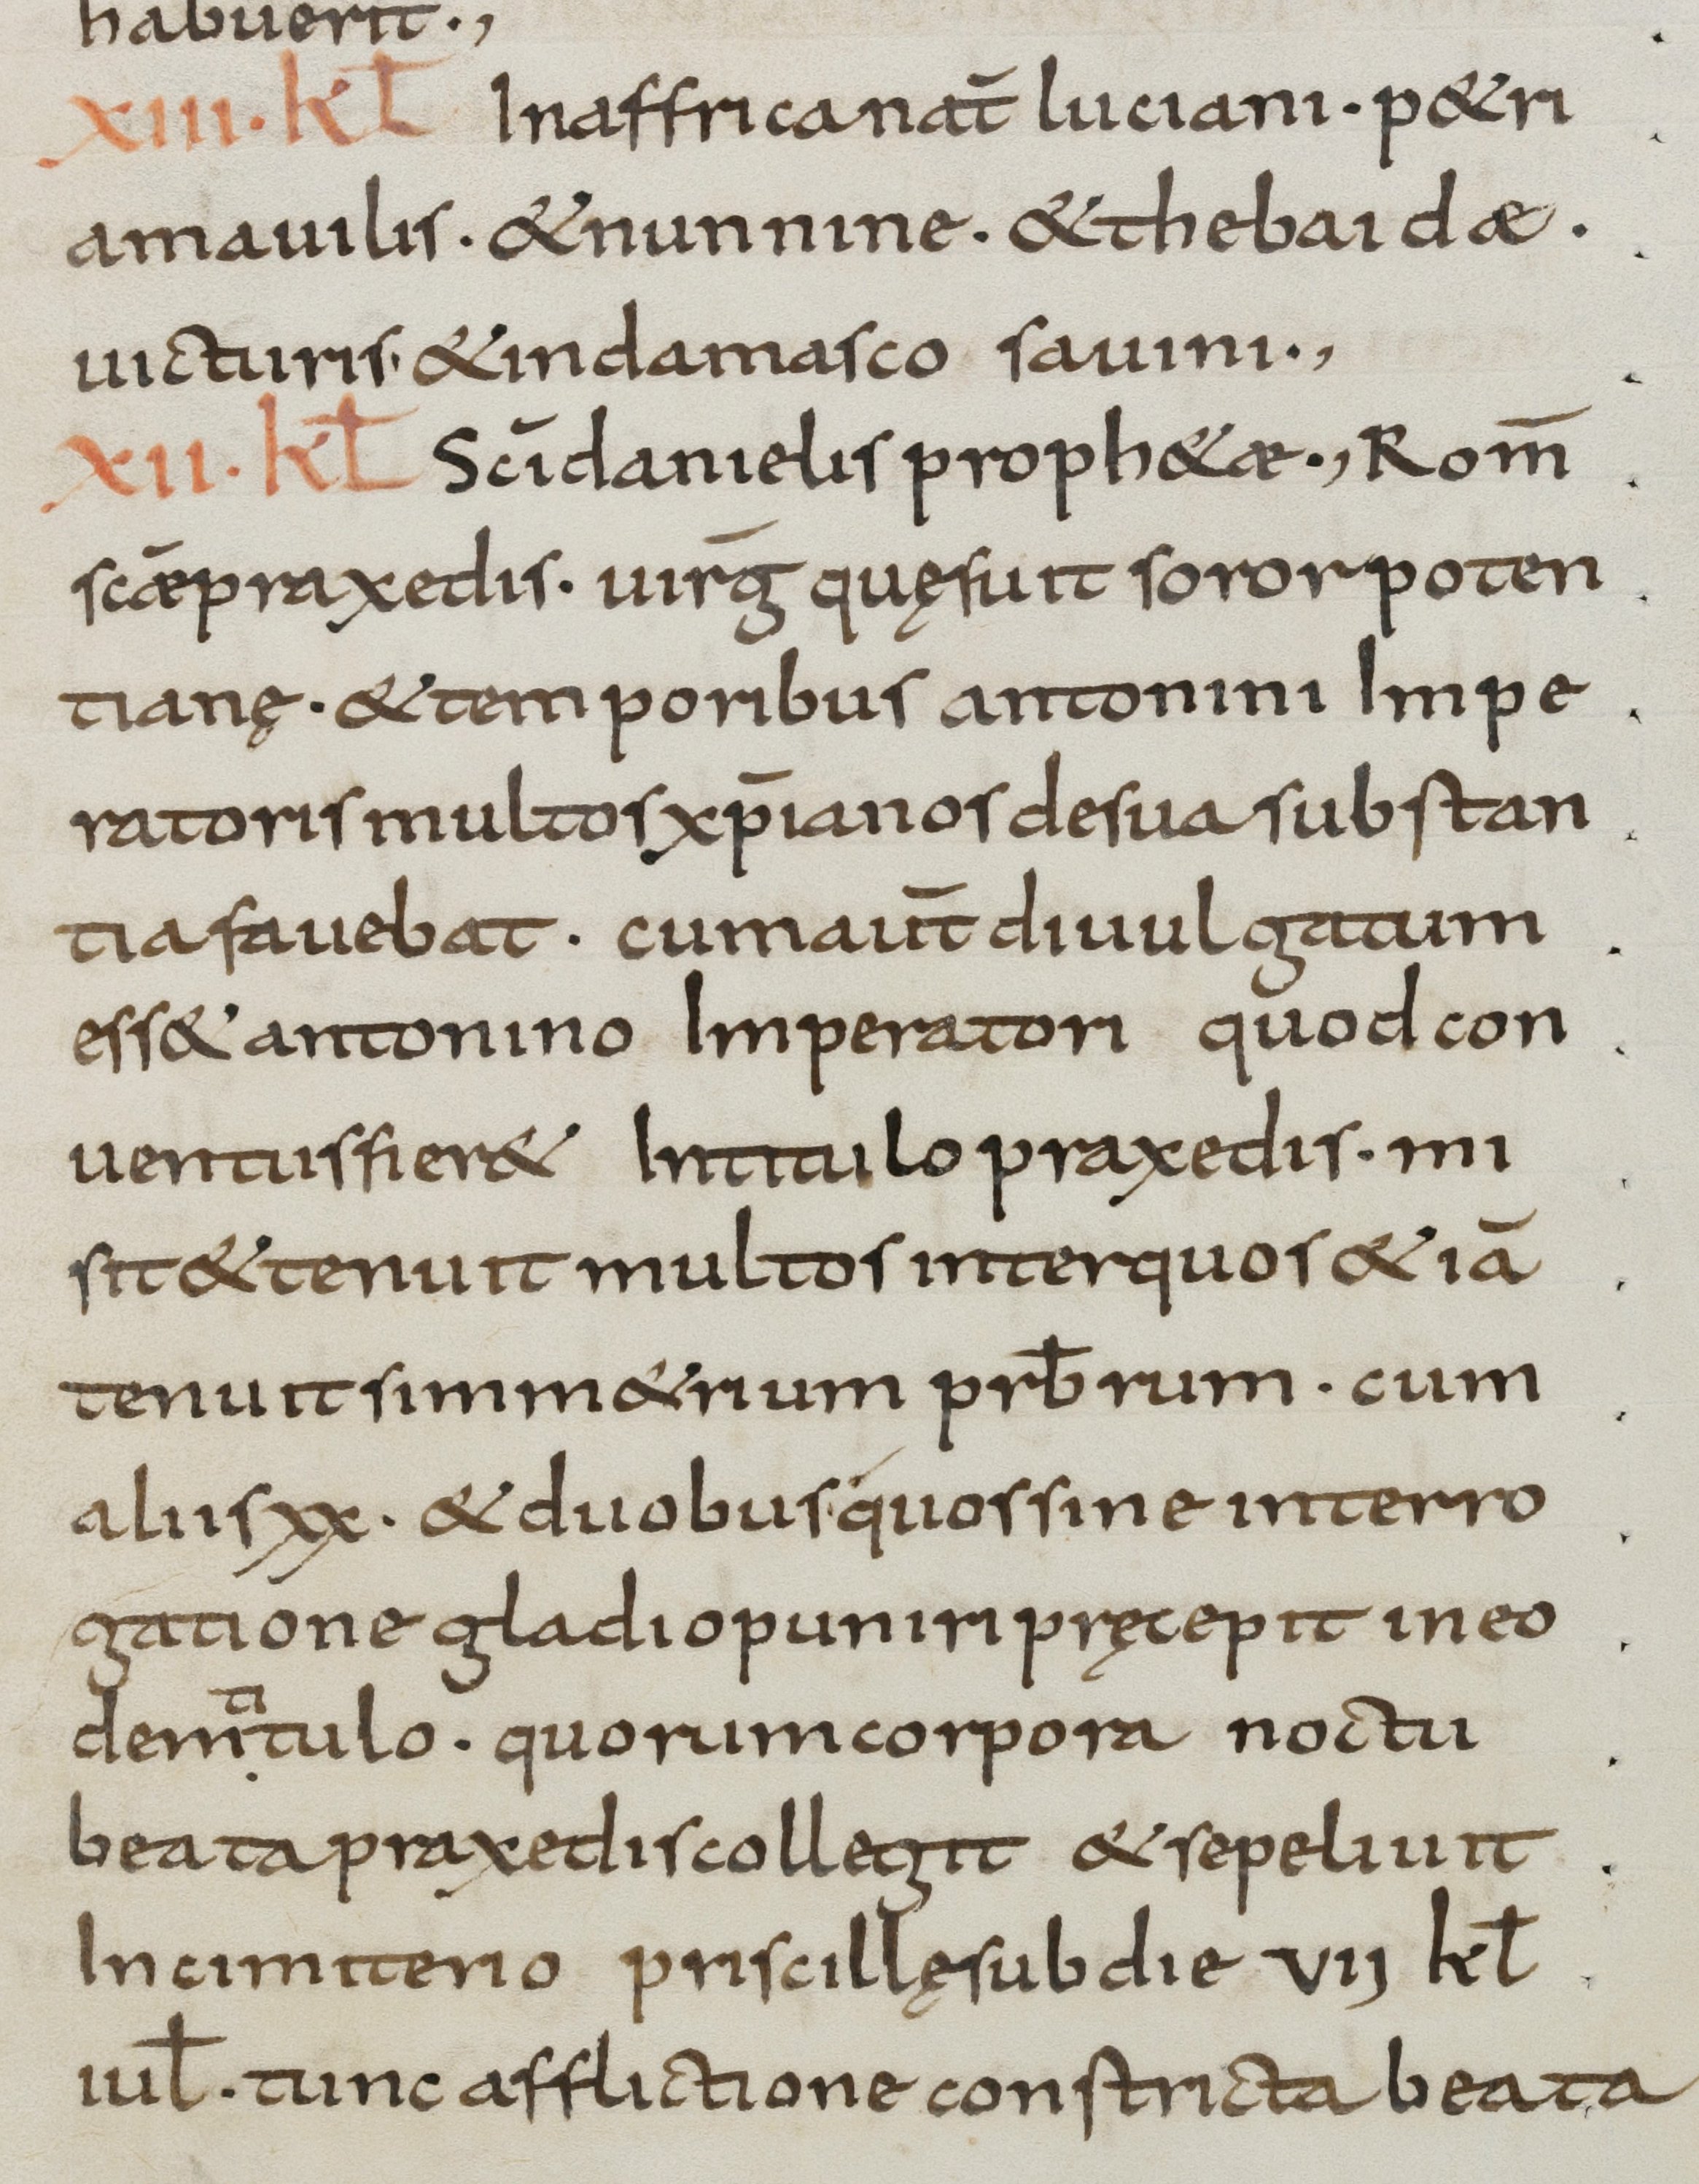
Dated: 800–899